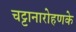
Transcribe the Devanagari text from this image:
चट्टानारोहणके